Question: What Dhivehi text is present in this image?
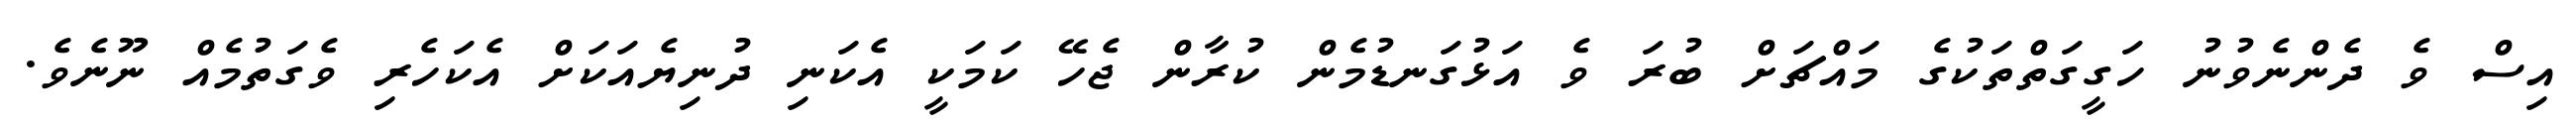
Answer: އިސް ވެ ދެންނެވުނު ހަގީގަތްތަކުގެ މައްޗަށް ބުރަ ވެ އަޅުގަނޑުމެން ކުރާން ޖެހޭ ކަމަކީ އެކަނި ދުނިޔެއަކަށް އެކަހެރި ވެގަތުމެއް ނޫނެވެ.